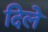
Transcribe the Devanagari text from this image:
दिलेे